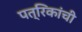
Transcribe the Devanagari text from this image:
पत्रिकांची